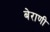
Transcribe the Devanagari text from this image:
बेराणी